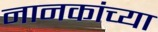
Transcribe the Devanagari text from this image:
नानकांच्या